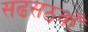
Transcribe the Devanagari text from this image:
सढसठवाँ